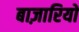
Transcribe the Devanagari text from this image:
बाज़ारियों